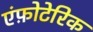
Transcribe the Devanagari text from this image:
एंफ़ोटेरिक